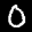
Label: 0